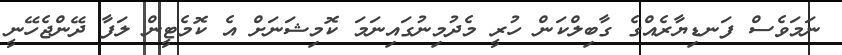
ނަމަވެސް ފަނޑިޔާރެއްގެ ގާބިލްކަން ހުރީ މެދުމިނުގައިނަމަ ކޮމިޝަނަށް އެ ކޮމެޓީން ލަފާ ދޭންޖެހޭނީ